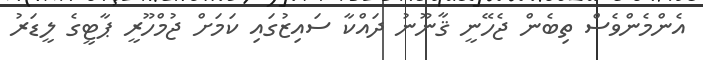
އެންމެންވެސް ތިބެން ޖެހޭނީ ޤާނޫނު ދައްކާ ސައިޒުގައި ކަމަށް ޖުމްހޫރީ ޕާޓީގެ ލީޑަރު